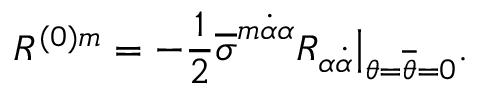
R ^ { ( 0 ) m } = - { \frac { 1 } { 2 } } \overline { { \sigma } } ^ { m \dot { \alpha } \alpha } R _ { \alpha \dot { \alpha } } \bigr | _ { \theta = \overline { { \theta } } = 0 } .